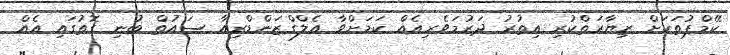
ކޭމްޕުތަކަށް ޒިޔާރަތްކުރި އިތުރު ދަރުމަވެރިއެއް ކަމަށްވާ އެލްގްޒަންޑްރިއާ ސައުތް ބުނި ގޮތުގައި އެއް